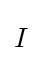
{\begin{matrix}I\end{matrix}}